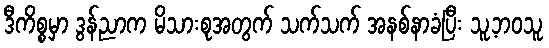
ဒီကိစ္စမှာ ဒွန်ညာက မိသားစုအတွက် သက်သက် အနစ်နာခံပြီး သူ့ဘဝသူ